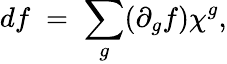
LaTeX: df\; =\; \sum_{g}(\partial_{g}f)\chi^{g},